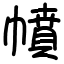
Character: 幩